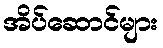
အိပ်ဆောင်များ